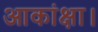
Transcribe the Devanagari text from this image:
आकांक्षा।